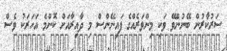
ސަރުކާރުން ބޭނުންވޭ ވަކި މިންވަރެއްގެ ފައިނޭންސް މި ދާއިރާއަށް ކޮންމެ އަހަރަކު ވެސް